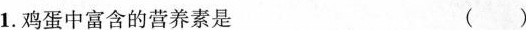
1.鸡蛋中富含的营养素是 ( )